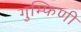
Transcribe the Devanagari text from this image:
गुम्फिणी